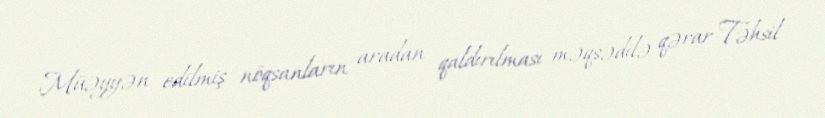
Müəyyən edilmiş nöqsanların aradan qaldırılması məqsədilə qərar Təhsil